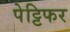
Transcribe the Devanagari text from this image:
पेट्टिफर